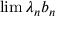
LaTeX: \operatorname* { l i m } \lambda _ { n } b _ { n }